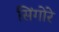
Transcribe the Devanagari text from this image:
सिंगोरे